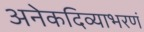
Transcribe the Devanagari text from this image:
अनेकदिव्याभरणं